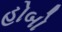
હોબો